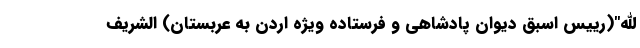
الله"(رییس اسبق دیوان پادشاهی و فرستاده ویژه اردن به عربستان) الشریف